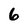
Character: 6